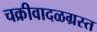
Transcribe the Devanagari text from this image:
चक्रीवादळग्रस्त